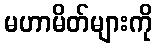
မဟာမိတ်များကို